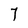
Character: T